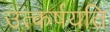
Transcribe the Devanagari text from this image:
उत्कर्षयति